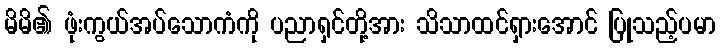
မိမိ၏ ဖုံးကွယ်အပ်သောကံကို ပညာရှင်တို့အား သိသာထင်ရှားအောင် ပြုသည့်ပမာ